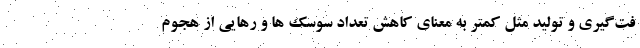
فت‌گیری و تولید مثل کمتر به معنای کاهش تعداد سوسک ها و رهایی از هجوم